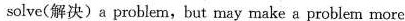
solve(解决)a problem，but may make a problem more